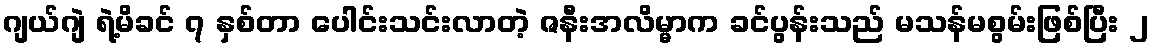
ဂျယ်ဂျဲ ရဲ့မိခင် ၇ နှစ်တာ ပေါင်းသင်းလာတဲ့ ဇနီးအလိမ္မာက ခင်ပွန်းသည် မသန်မစွမ်းဖြစ်ပြီး ၂